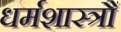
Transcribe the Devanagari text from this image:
धर्मशास्त्रौं